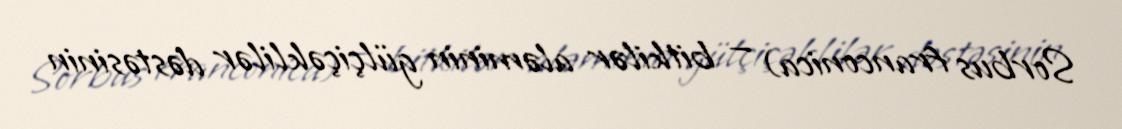
Sorbus franconica) — bitkilər aləminin gülçiçəklilər dəstəsinin